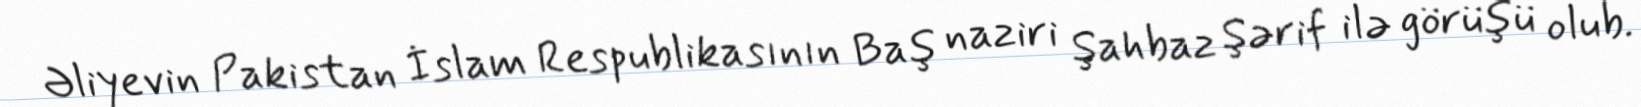
Əliyevin Pakistan İslam Respublikasının Baş naziri Şahbaz Şərif ilə görüşü olub.